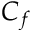
C _ { f }